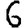
Digit: 6